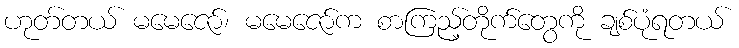
ဟုတ်တယ် မမေဇော်၊ မမေဇော်က စာကြည့်တိုက်တွေကို ချစ်ပုံရတယ်